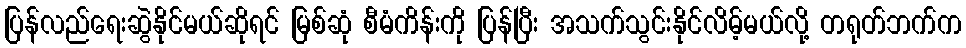
ပြန်လည်ရေးဆွဲနိုင်မယ်ဆိုရင် မြစ်ဆုံ စီမံကိန်းကို ပြန်ပြီး အသက်သွင်းနိုင်လိမ့်မယ်လို့ တရုတ်ဘက်က